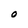
Character: O